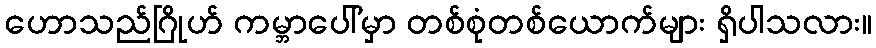
ဟောသည်ဂြိုဟ် ကမ္ဘာပေါ်မှာ တစ်စုံတစ်ယောက်များ ရှိပါသလား။